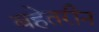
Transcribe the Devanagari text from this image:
बहेतरीन